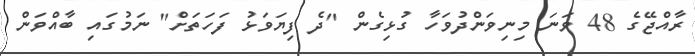
ރާއްޖޭގެ 48 ވަނަ މިނިވަންދުވަހާ ގުޅިގެން "ދެ ފިޔަވަޅު ފަހަތަށް" ނަމުގައި ބާއްވަން